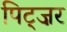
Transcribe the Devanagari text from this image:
पिट्ज़र